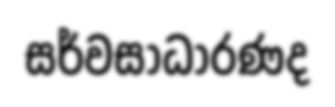
සර්වසාධාරණද